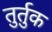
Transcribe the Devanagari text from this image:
तुर्तुक